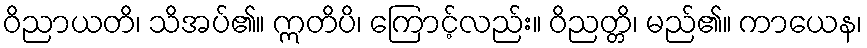
ဝိညာယတိ၊ သိအပ်၏။ ဣတိပိ၊ ကြောင့်လည်း။ ဝိညတ္တိ၊ မည်၏။ ကာယေန၊